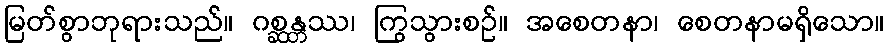
မြတ်စွာဘုရားသည်။ ဂစ္ဆန္တဿ၊ ကြွသွားစဉ်။ အစေတနာ၊ စေတနာမရှိသော။